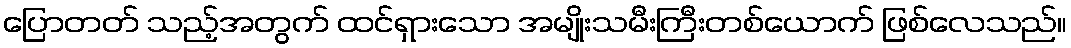
ပြောတတ် သည့်အတွက် ထင်ရှားသော အမျိုးသမီးကြီးတစ်ယောက် ဖြစ်လေသည်။